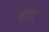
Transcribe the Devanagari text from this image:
सुमुआ